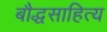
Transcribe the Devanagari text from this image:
बौद्धसाहित्य